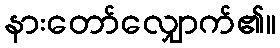
နားတော်လျှောက်၏။